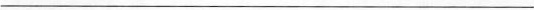
___